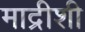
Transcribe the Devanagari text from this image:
माद्रीशी